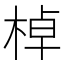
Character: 棹